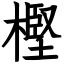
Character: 樫